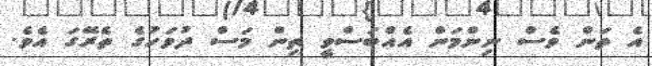
އެ ތަން ވެސް ނިންމަން އެއްބަސްވީ ތިން މަސް ދުވަހުގެ ތެރޭގަ އެވެ.